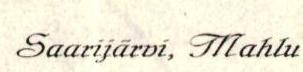
Saarijärvi, Mahlu